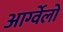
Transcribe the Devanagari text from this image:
आर्ग्वेलो